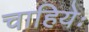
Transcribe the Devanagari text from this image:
चाहियेः